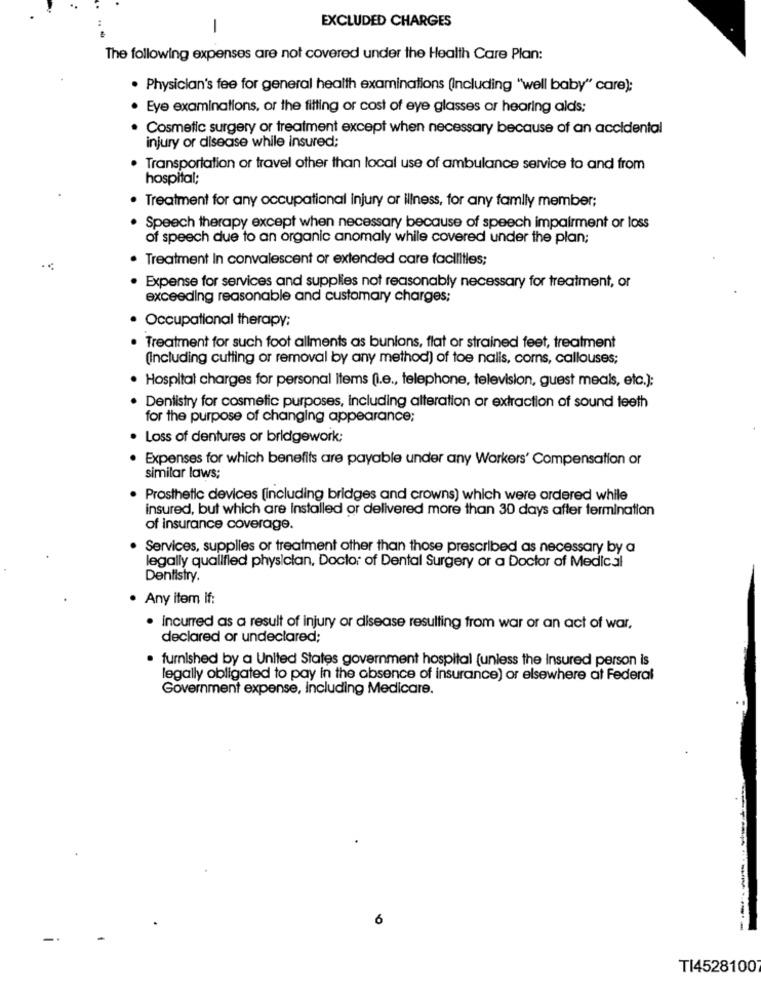
EXCLUDED CHARGES
-
The following expenses are not covered under the Health Care Plan:
. Physician's fee for general health examinations (Including "well baby" care);
Eye examinations, or the fitting or cost of eye glasses or hearing aids;
Cosmetic surgery or treatment except when necessary because of an accidental
injury or disease while insured;
. Transportation or travel other than local use of ambulance service to and from
hospital;
· Treatment for any occupational injury or illness, for any family member;
· Speech therapy except when necessary because of speech impairment or loss
of speech due to an organic anomaly while covered under the plan;
· Treatment In convalescent or extended care facilities;
. Expense for services and supplies not reasonably necessary for treatment, or
exceeding reasonable and customary charges;
Occupational therapy:
Treatment for such foot allments as bunions, flat or strained feet, treatment
(Including cutting or removal by any method) of toe nalis, corns, callouses;
· Hospital charges for personal Items (i.e ., telephone, television, guest meals, etc.):
. Dentistry for cosmetic purposes, including alteration or extraction of sound teeth
for the purpose of changing appearance;
· Loss of dentures or bridgework;
Expenses for which benefits are payable under any Workers' Compensation or
similar laws;
. Prosthetic devices (including bridges and crowns) which were ordered while
insured, but which are installed or delivered more than 30 days after termination
of insurance coverage.
. Services, supplies or treatment other than those prescribed as necessary by a
legally qualified physician, Doctor of Dental Surgery or a Doctor of Medical
Dentistry.
· Any item if:
· incurred as a result of injury or disease resulting from war or an act of war,
declared or undeclared;
furnished by a United States government hospital (unless the Insured person is
legally obligated to pay in the absence of insurance) or elsewhere at Federal
Government expense, including Medicare.
6
T145281007